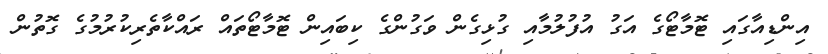
އިންޑިއާގައި ޓޮމާޓޯގެ އަގު އުފުލުމާއި ގުޅިގެން ވަގުންގެ ކިބައިން ޓޮމާޓޯތައް ރައްކާތެރިކުރުމުގެ ގޮތުން